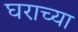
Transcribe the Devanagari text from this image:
घराच्‍या